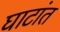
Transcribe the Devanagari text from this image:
घाटांत